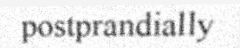
postprandially